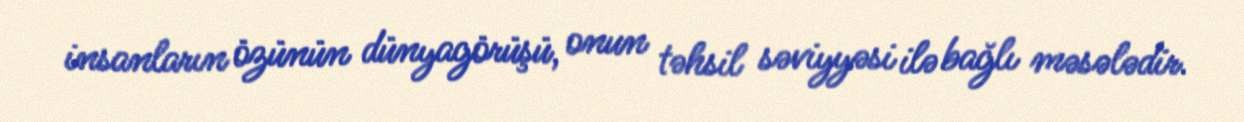
insanların özünün dünyagörüşü, onun təhsil səviyyəsi ilə bağlı məsələdir.